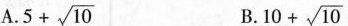
A. $$5+ \sqrt{10}$$ $$B. $$10+ \sqrt{10}$$